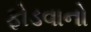
ફોડવાનો